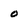
Character: 0